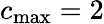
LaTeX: {c_{\operatorname*{max}}}=2